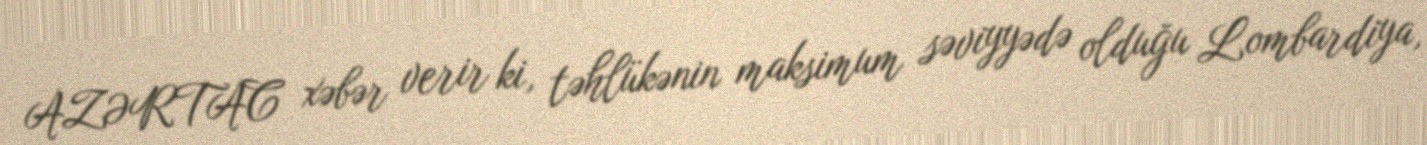
AZƏRTAC xəbər verir ki, təhlükənin maksimum səviyyədə olduğu Lombardiya,